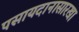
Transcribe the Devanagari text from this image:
पसायदानासारखा